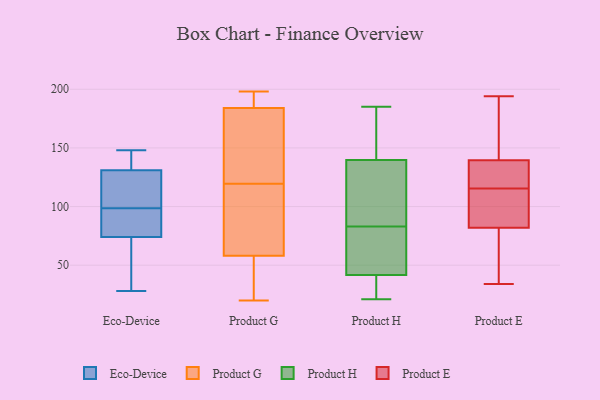
{"axis": {"x": "Backlog", "y": "Value"}, "legend": ["Eco-Device", "Product E", "Product G", "Product H"], "data": [{"x": "", "y": 74, "type": "Eco-Device"}, {"x": "", "y": 89, "type": "Eco-Device"}, {"x": "", "y": 75, "type": "Eco-Device"}, {"x": "", "y": 148, "type": "Eco-Device"}, {"x": "", "y": 131, "type": "Eco-Device"}, {"x": "", "y": 141, "type": "Eco-Device"}, {"x": "", "y": 108, "type": "Eco-Device"}, {"x": "", "y": 28, "type": "Eco-Device"}, {"x": "", "y": 36, "type": "Eco-Device"}, {"x": "", "y": 128, "type": "Eco-Device"}, {"x": "", "y": 69, "type": "Product G"}, {"x": "", "y": 59, "type": "Product G"}, {"x": "", "y": 180, "type": "Product G"}, {"x": "", "y": 129, "type": "Product G"}, {"x": "", "y": 188, "type": "Product G"}, {"x": "", "y": 198, "type": "Product G"}, {"x": "", "y": 168, "type": "Product G"}, {"x": "", "y": 57, "type": "Product G"}, {"x": "", "y": 188, "type": "Product G"}, {"x": "", "y": 20, "type": "Product G"}, {"x": "", "y": 34, "type": "Product G"}, {"x": "", "y": 182, "type": "Product G"}, {"x": "", "y": 110, "type": "Product G"}, {"x": "", "y": 44, "type": "Product G"}, {"x": "", "y": 75, "type": "Product G"}, {"x": "", "y": 186, "type": "Product G"}, {"x": "", "y": 44, "type": "Product H"}, {"x": "", "y": 83, "type": "Product H"}, {"x": "", "y": 185, "type": "Product H"}, {"x": "", "y": 41, "type": "Product H"}, {"x": "", "y": 75, "type": "Product H"}, {"x": "", "y": 54, "type": "Product H"}, {"x": "", "y": 35, "type": "Product H"}, {"x": "", "y": 159, "type": "Product H"}, {"x": "", "y": 164, "type": "Product H"}, {"x": "", "y": 22, "type": "Product H"}, {"x": "", "y": 127, "type": "Product H"}, {"x": "", "y": 91, "type": "Product H"}, {"x": "", "y": 144, "type": "Product H"}, {"x": "", "y": 21, "type": "Product H"}, {"x": "", "y": 91, "type": "Product H"}, {"x": "", "y": 187, "type": "Product E"}, {"x": "", "y": 81, "type": "Product E"}, {"x": "", "y": 83, "type": "Product E"}, {"x": "", "y": 125, "type": "Product E"}, {"x": "", "y": 115, "type": "Product E"}, {"x": "", "y": 128, "type": "Product E"}, {"x": "", "y": 34, "type": "Product E"}, {"x": "", "y": 151, "type": "Product E"}, {"x": "", "y": 58, "type": "Product E"}, {"x": "", "y": 190, "type": "Product E"}, {"x": "", "y": 94, "type": "Product E"}, {"x": "", "y": 116, "type": "Product E"}, {"x": "", "y": 116, "type": "Product E"}, {"x": "", "y": 194, "type": "Product E"}, {"x": "", "y": 104, "type": "Product E"}, {"x": "", "y": 62, "type": "Product E"}]}